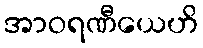
အာဝရဏီယေဟိ